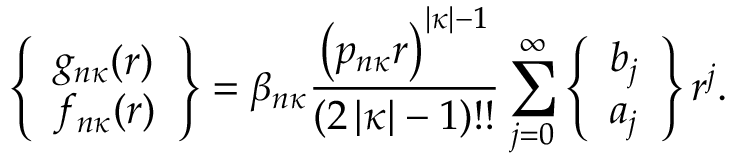
\left\{ \begin{array} { l } { g _ { n \kappa } ( r ) } \\ { f _ { n \kappa } ( r ) } \end{array} \right\} = \beta _ { n \kappa } \frac { \left( p _ { n \kappa } r \right) ^ { \left| \kappa \right| - 1 } } { ( 2 \left| \kappa \right| - 1 ) ! ! } \sum _ { j = 0 } ^ { \infty } \left\{ \begin{array} { l } { b _ { j } } \\ { a _ { j } } \end{array} \right\} r ^ { j } .